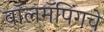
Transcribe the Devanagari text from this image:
वॉलमॅपिंगचे